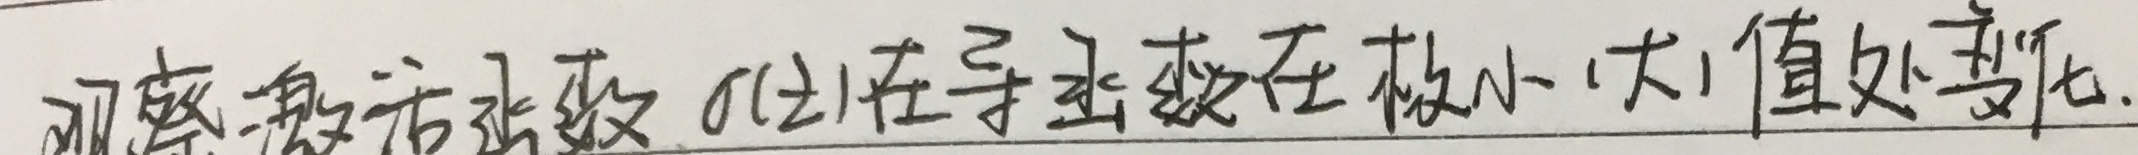
观察激活函数 $\sigma(z)$ 其导数在极小（大）值处变化。